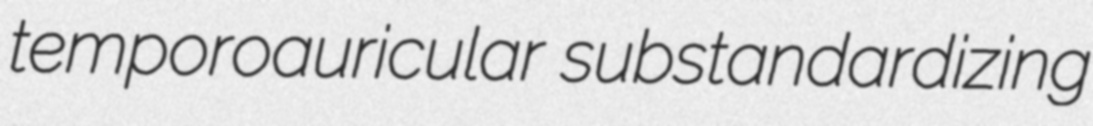
temporoauricular substandardizing